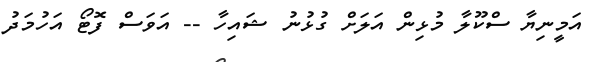
އަމީނިޔާ ސްކޫލާ މުޅިން އަލަށް ގުޅުނު ޝައިހާ -- އަވަސް ފޮޓޯ އަހުމަދު